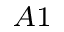
_ { A 1 }